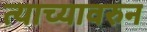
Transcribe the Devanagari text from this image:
त्याच्यावरुन